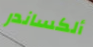
ألكساندر